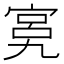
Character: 𱚍